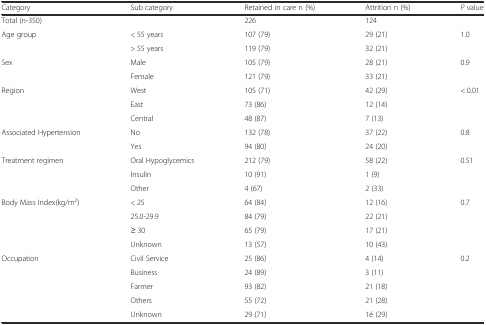
| Category | Sub category | Retained in care n (%) | Attrition n (%) | P value |
 | --- | --- | --- | --- | --- |
 | Total (n-350) |  | 226 | 124 |  |
 | Age group | < 55 years | 107 (79) | 29 (21) | 1.0 |
 |  | > 55 years | 119 (79) | 32 (21) |  |
 | Sex | Male | 105 (79) | 28 (21) | 0.9 |
 |  | Female | 121 (79) | 33 (21) |  |
 | Region | West | 105 (71) | 42 (29) | < 0.01 |
 |  | East | 73 (86) | 12 (14) |  |
 |  | Central | 48 (87) | 7 (13) |  |
 | Associated Hypertension | No | 132 (78) | 37 (22) | 0.8 |
 |  | Yes | 94 (80) | 24 (20) |  |
 | Treatment regimen | Oral Hypoglycemics | 212 (79) | 58 (22) | 0.51 |
 |  | Insulin | 10 (91) | 1 (9) |  |
 |  | Other | 4 (67) | 2 (33) |  |
 | Body Mass Index(kg/m2) | < 25 | 64 (84) | 12 (16) | 0.7 |
 |  | 25.0-29.9 | 84 (79) | 22 (21) |  |
 |  | ≥ 30 | 65 (79) | 17 (21) |  |
 |  | Unknown | 13 (57) | 10 (43) |  |
 | Occupation | Civil Service | 25 (86) | 4 (14) | 0.2 |
 |  | Business | 24 (89) | 3 (11) |  |
 |  | Farmer | 93 (82) | 21 (18) |  |
 |  | Others | 55 (72) | 21 (28) |  |
 |  | Unknown | 29 (71) | 1é (29) |  |